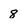
Character: 8